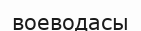
воеводасы